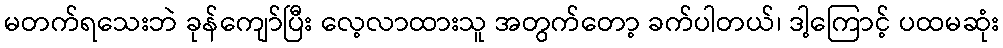
မတက်ရသေးဘဲ ခုန်ကျော်ပြီး လေ့လာထားသူ အတွက်တော့ ခက်ပါတယ်၊ ဒါ့ကြောင့် ပထမဆုံး